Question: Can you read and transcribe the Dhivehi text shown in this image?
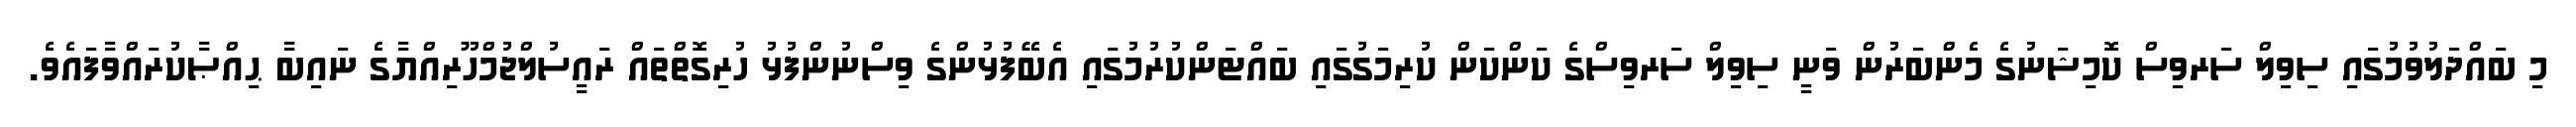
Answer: މި ބައްދަލުވުމުގައި ސިވިލް ސަރވިސް ކޮމިޝަނުގެ މެންބަރުން ވަނީ ސިވިލް ސަރވިސްގެ ކަންކަން ކުރިމަގުގައި ބައްޓަންކުރުމުގައި އެބޭފުޅުންގެ ވިސްނުންފުޅު ހުރިގޮތްތައް ރައީސުލްޖުމްހޫރިއްޔާގެ ނައިބާ ޙިއްޞާކުރައްވާފައެވެ.